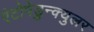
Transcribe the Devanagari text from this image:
एंटोपेडुन्क्युलर